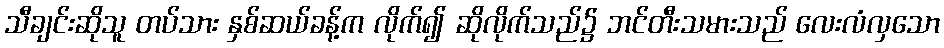
သီချင်းဆိုသူ တပ်သား နှစ်ဆယ်ခန့်က လိုက်၍ ဆိုလိုက်သည်၌ ဘင်တီးသမားသည် လေးလံလှသော